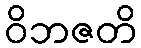
ဝိဘဇတိ